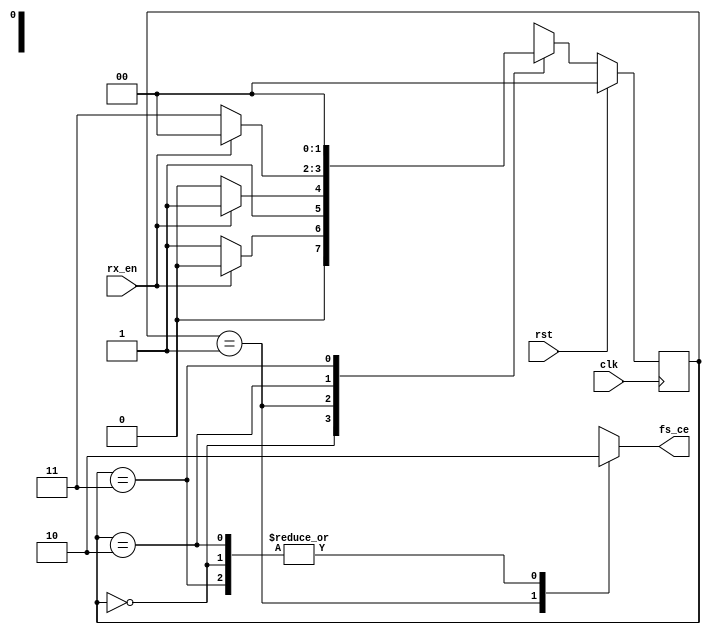

// from usb_rx_phy
module usb_phy_test01(clk, rst, rx_en, fs_ce);

input		clk, rst;
input		rx_en;
output reg	fs_ce;
reg	[1:0]	dpll_next_state;
reg	[1:0]	dpll_state;

always @(posedge clk)
	dpll_state <= rst ? 0 : dpll_next_state;

always @*
   begin
	fs_ce = 1'b0;
	case(dpll_state)
	   2'h0:
		if(rx_en)	dpll_next_state = 2'h0;
		else		dpll_next_state = 2'h1;
	   2'h1:begin
		fs_ce = 1'b1;
		if(rx_en)	dpll_next_state = 2'h3;
		else		dpll_next_state = 2'h2;
		end
	   2'h2:
		if(rx_en)	dpll_next_state = 2'h0;
		else		dpll_next_state = 2'h3;
	   2'h3:
		if(rx_en)	dpll_next_state = 2'h0;
		else		dpll_next_state = 2'h0;
	endcase
   end

endmodule